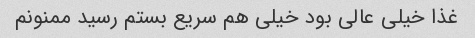
غذا خیلی عالی بود خیلی هم سریع بستم رسید ممنونم